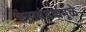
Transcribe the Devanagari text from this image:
सत्तासंघर्षामुळे